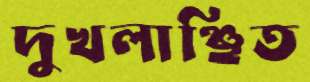
দুখলাঞ্ছিত